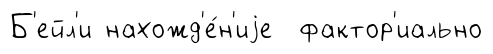
Б'ейл'и нахожд'е́н'иjе фактор'иально